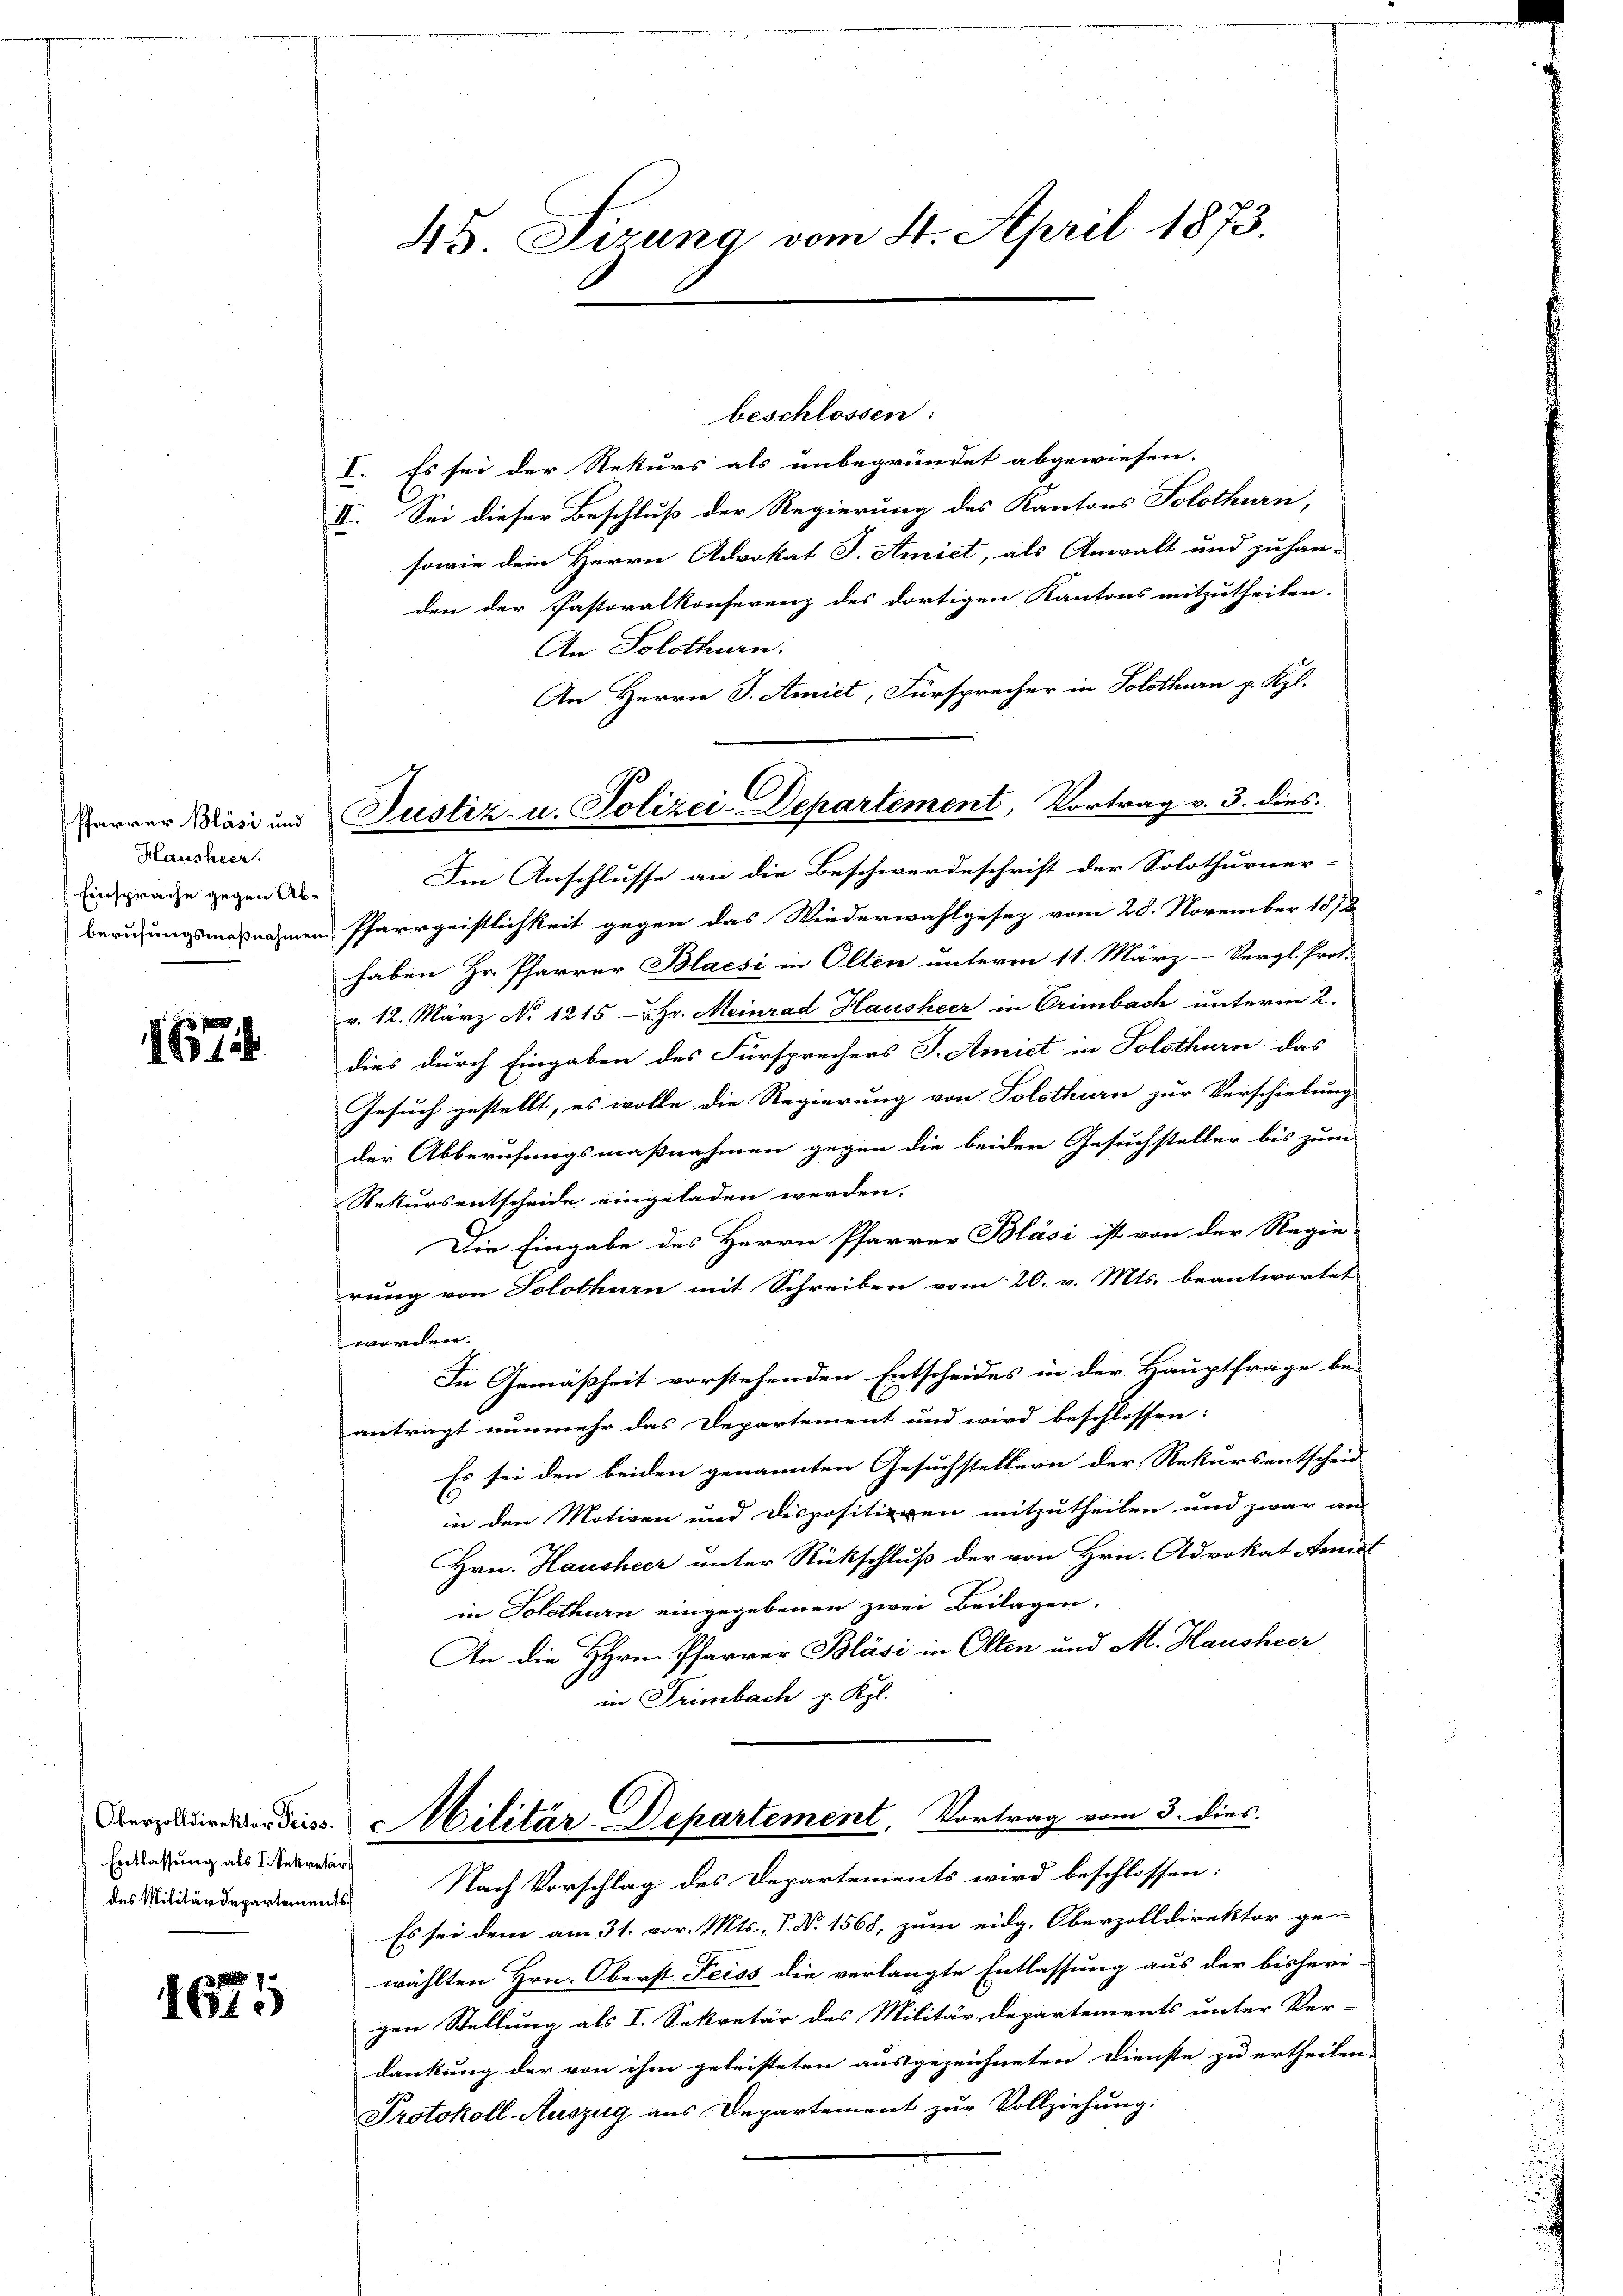
Hausheer.
Einsprache gegen Ab¬

1674

beschlossen:
I. Es sei der Rekurs als unbegründet abgewiesen.
II. Sei dieser Beschluß der Regierung des Kantons Solothurn,
sowie dem Herrn Advokat J. Amiet, als Anwalt und zuhan-
den der Pastoralkonserenz des dortigen Kantons mitzutheilen.
An Solothurn.
An Herrn J. Amiet, Fürsprecher in Solothurn p. Kgl.
Im Anschlusse an die Beschwerdeschrift der Solothurner-
Berufungsmaßnahmen Pfarrgeistlichkeit gegen das Wiederwahlgesez vom 28. November 1872
haben Hr. Pfarrer Blacsi in Olten unterm 11. März-Vergl. Prot.
v. 12. März No. 1215- & Hr. Meinrad Hausheer in Crimbach unterm 2.
dies durch Eingaben des Fürsprechers J. Amiet in Solothurn das
Gesuch gestellt, es wolle die Regierung von Solothurn zur Verschiebung
der Abberufungsmaßnahmen gegen die beiden Gesuchsteller bis zum
Rekursentscheide eingeladen werden.
Die Eingabe des Herrn Pfarrer Blasi ist von der Regie-
rung von Solothurn mit Schreiben vom 20. v. Mts. beantwortet
worden.
In Gemäßheit vorstehenden Entscheides in der Hauptfrage be-
antragt nunmehr das Departement und wird beschlossen:
Es sei den beiden genannten Gesuchstellern der Rekursentscheid
in den Motiven und Dispositieren mitzutheilen und zwar an
Hrn. Hausheer unter Rückschluß der von Hrn. Advokat Amiet
in Solothurn eingegebenen zwei Beilagen.
An die HHrn. Pfarrer Bläsi in Olten und M. Hausheer
in Trimbach p. Kgl.

Entlassung als I. Sekretär
des Militärdepartements

1675

45. Sizung vom 8. April 1873.

Parrer Kasi und Justiz- u. Polizei-Departement, Vortrag v. 3. dies

eruire von deiss. Militär-Departement, Vortrag vom 3. dies

Nach Vorschlag des Departements wird beschlossen:
Es sei dem am 31. vor. Mts., S. Nr. 1568, zum eidg. Oberzolldirektor ge-
wählten Hrn. Oberst Feiss die verlangte Entlassung aus der bisheri-
gen Stellung als I. Sekretär des Militär-Departements unter Ver-
dankung der von ihm geleisteten ausgezeichneten Dienste zu ertheilen
Protokoll-Auszug aus Departement zur Vollziehung.